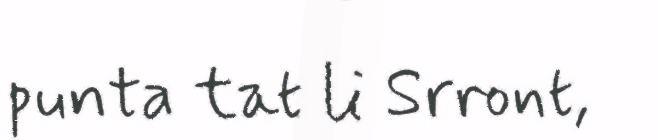
punta tat li Srront,